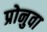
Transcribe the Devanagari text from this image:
प्रोनुवा